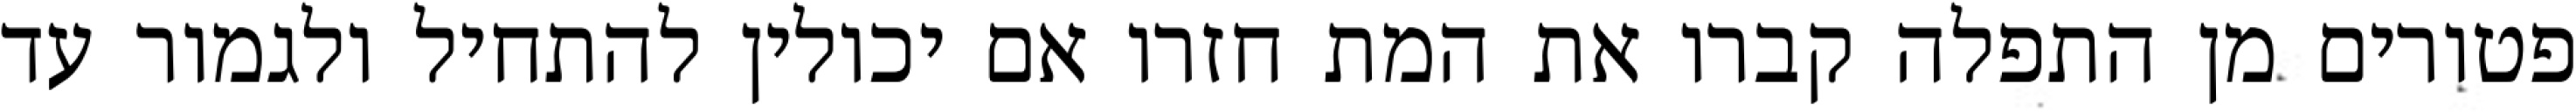
פטורים מן התפלה קברו את המת חזרו אם יכולין להתחיל ולגמור עד